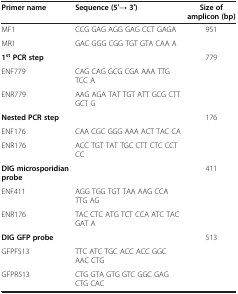
<table><thead><tr><td><b>Primer name</b></td><td><b>Sequence (5′→ 3′)</b></td><td><b>Size of amplicon (bp)</b></td></tr></thead><tbody><tr><td>MF1</td><td>CCG GAG AGG GAG CCT GAGA</td><td>951</td></tr><tr><td>MR1</td><td>GAC GGG CGG TGT GTA CAA A</td><td> </td></tr><tr><td><b>1</b><sup><b>st </b></sup><b>PCR step</b></td><td> </td><td>779</td></tr><tr><td>ENF779</td><td>CAG CAG GCG CGA AAA TTG TCC A</td><td> </td></tr><tr><td>ENR779</td><td>AAG AGA TAT TGT ATT GCG CTT GCT G</td><td> </td></tr><tr><td><b>Nested PCR step</b></td><td> </td><td>176</td></tr><tr><td>ENF176</td><td>CAA CGC GGG AAA ACT TAC CA</td><td> </td></tr><tr><td>ENR176</td><td>ACC TGT TAT TGC CTT CTC CCT CC</td><td> </td></tr><tr><td><b>DIG microsporidian probe</b></td><td> </td><td>411</td></tr><tr><td>ENF411</td><td>AGG TGG TGT TAA AAG CCA TTG AG</td><td> </td></tr><tr><td>ENR176</td><td>TAC CTC ATG TCT CCA ATC TAC GAT A</td><td> </td></tr><tr><td><b>DIG GFP probe</b></td><td> </td><td>513</td></tr><tr><td>GFPF513</td><td>TTC ATC TGC ACC ACC GGC AAC CTG</td><td> </td></tr><tr><td>GFPR513</td><td>CTG GTA GTG GTC GGC GAG CTG CAC</td><td> </td></tr></tbody></table>